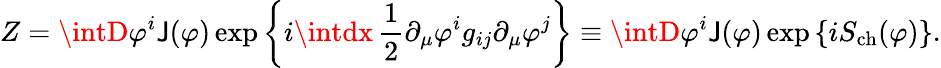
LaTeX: Z=\intD\varphi^{i}\mathsf{J}(\varphi)\exp\left\{ i\intdx\, \frac{{1}}{{2}}\partial_{\mu}\varphi^{i}g_{ij}\partial_{\mu}\varphi^{j}\right\} \equiv\intD\varphi^{i}\mathsf{J}(\varphi)\exp\left\{ iS_{\mathrm{{ch}}}(\varphi)\right\} .